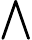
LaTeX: \bigwedge